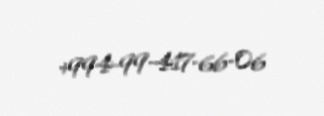
+994-99-417-66-06